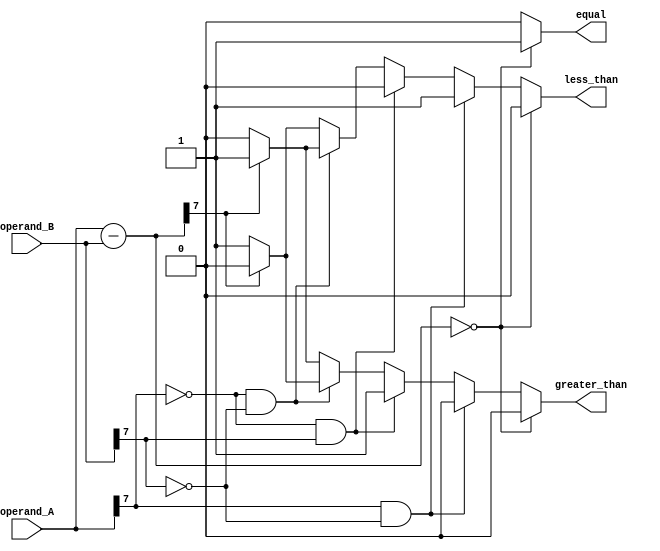
module magnitude_comparator (
    input wire [7:0] operand_A,
    input wire [7:0] operand_B,
    output reg greater_than,
    output reg less_than,
    output reg equal
);

reg [7:0] difference;
reg sign_A, sign_B;

always @* begin
    sign_A = operand_A[7];
    sign_B = operand_B[7];
    
    difference = operand_A - operand_B;
    
    if (difference == 8'b0) begin
        greater_than <= 1'b0;
        less_than <= 1'b0;
        equal <= 1'b1;
    end else begin
        if (sign_A == 1 && sign_B == 0) begin
            greater_than <= 1'b0;
            less_than <= 1'b1;
            equal <= 1'b0;
        end else if (sign_A == 0 && sign_B == 1) begin
            greater_than <= 1'b1;
            less_than <= 1'b0;
            equal <= 1'b0;
        end else if (sign_A == 0 && sign_B == 0) begin
            if (difference[7] == 1) begin
                greater_than <= 1'b0;
                less_than <= 1'b1;
                equal <= 1'b0;
            end else begin
                greater_than <= 1'b1;
                less_than <= 1'b0;
                equal <= 1'b0;
            end
        end else begin
            if (difference[7] == 1) begin
                greater_than <= 1'b1;
                less_than <= 1'b0;
                equal <= 1'b0;
            end else begin
                greater_than <= 1'b0;
                less_than <= 1'b1;
                equal <= 1'b0;
            end
        end
    end
end

endmodule